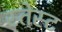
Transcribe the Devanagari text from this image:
स्तेस्ट